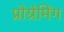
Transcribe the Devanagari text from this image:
प्रोग्रेमिंग